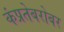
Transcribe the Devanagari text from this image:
कंप्रतेबरोबर